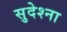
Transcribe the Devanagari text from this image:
सुदेश्ना